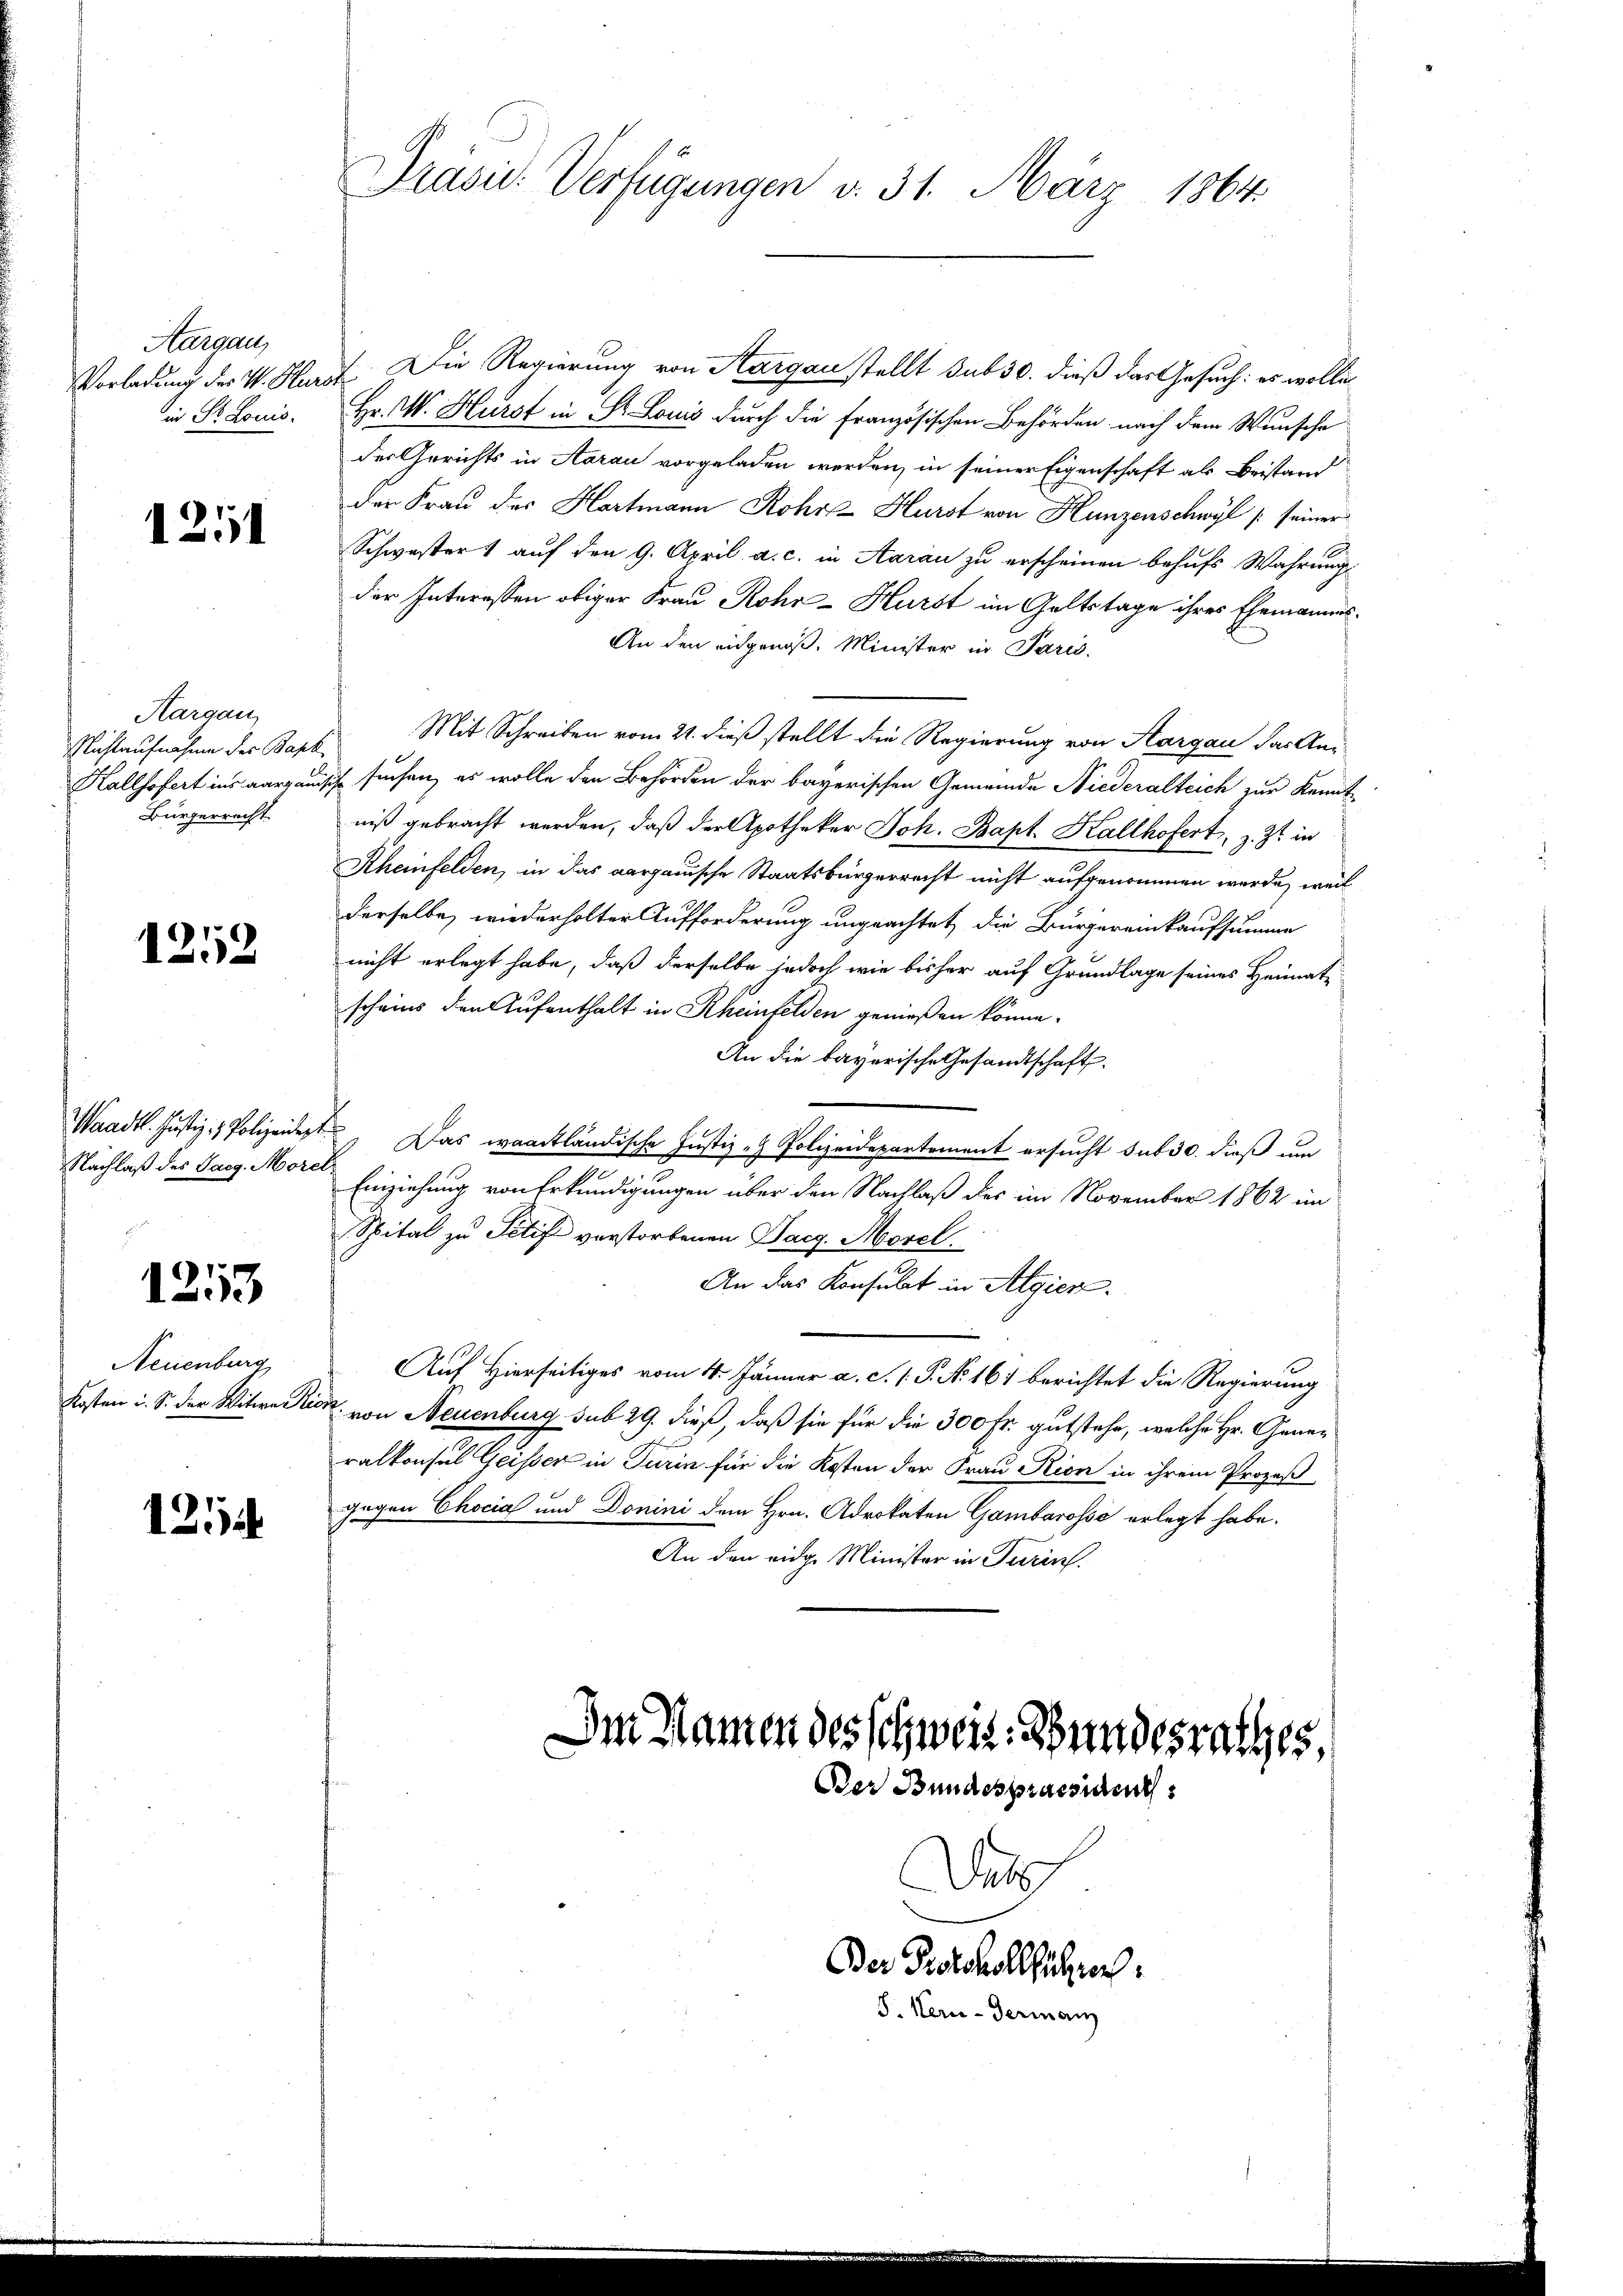
Aargau,
Vorladung der V. Hurin St. Louis.

1211

Hargau,
Nichtaufnahme der Bapt.
Kallsofert ins aargau
Bürgerrecht.

1252

Waadt. Justiz- & Polizeidest.
Nachlaß des Sarg. Morel

1253

Neuenburg
Kosten i. S. der Witwe Ric

1254

Präsid. Verfügungen d. 31. März 1864.

. Die Regierung von Aargau stellt sub 30. dieß das Gesuch: es wollen
Hr. W. Hurst in St. Louis durch die französischen Behörden nach dem Wunsche
der Gerichts in Aarau vorgeladen werden, in seiner Eigenschaft als Beistand
der Frau der Hartmann Rohrz Hürst von Hunzenschwyl /: seiner
Schwester 1 auf den 9. April a. c. in Aarau zu erscheinen behufs Wahrung
der Interessen obiger Frau Rohr-Hürst im Geltstage ihres Ehemannes¬
An den eingenoß. Minister in Paris.
Mit Schreiben vom 21. dieß stellt die Regierung von Aargau das Ani-
Ich suchen, es wolle den Behörden der bayerischen Gemeinde Niederalteich zur Kennt-
niß gebracht werden, daß der Apotheker Joh. Bapt. Kallhofert, z. Zt. in
Scheinfelden, in das aargauische Staatsbürgerrecht nicht aufgenommen werde, weil
derselbe, wiederholter Aufforderung ungeachtet, die Bürgereinkaufsumme
nicht erlegt habe, daß derselbe jedoch wie bisher auf Grundlage seines Heimat
scheins den Aufenthalt in Rheinfelden genießen könne.
An die bayerische Gesandtschaft.
Das waadtländische Justiz - Polizeidepartement ersucht sub 30. dieß um
z
Einziehung von Erkundigungen über den Nachlaß der im November 1862 im
Spital zu Petift verstorbenen Sarg. Morel
An das Konsulat in Algier
Auf Hierseitiges vom 4. Jänner a. c. 1 P. No 161 berichtet die Regierung
N. von Neuenburg sub 29. dieß, daß sie für die 300 Fr. gutstehe, welche Hr. Generalkonsul Geisser in Turin für die Kosten der Frau Rion in ihrem Prozeß
gegen Chocial und Donini dem Hrn. Advokaten Gambarosse erlegt habe.
An den eidg. Minister in Turin.

Im Namen des schwert. Bundesrathes,
Der Bundespraesident
Del
Der Protokollführen

S. Kern-German